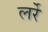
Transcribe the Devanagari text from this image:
लर्रे